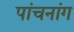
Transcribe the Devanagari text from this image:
पांचनांग